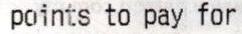
POINTS TO PAY FOR